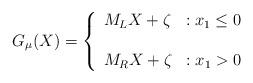
LaTeX: \begin{align*} G_\mu(X)=\left\{ \begin{array}{lr} M_L X + \zeta & : x_1 \le 0\\~&~\\ M_R X + \zeta & : x_1 > 0 \end{array} \right. \end{align*}